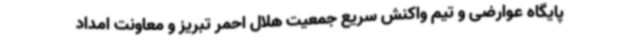
پایگاه عوارضی و تیم واکنش سریع جمعیت هلال احمر تبریز و معاونت امداد